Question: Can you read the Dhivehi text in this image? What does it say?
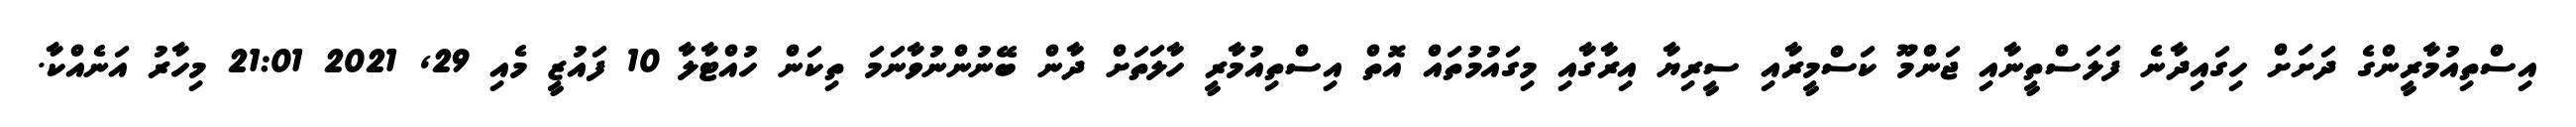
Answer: އިސްތިއުމާރީންގެ ދަށަށް ހިގައިދާނެ ފަލަސްތީނާއި ޖަންމޫ ކަސްމީރާއި ސީރިޔާ އިރާގާއި މިގައުމުތައް އޮތް އިސްތިއުމާރީ ހާލަތަށް ދާން ބޭނުންނުވާނަމަ ތިކަން ހުއްޓާލާ 10 ފައުޒީ މެއި 29, 2021 21:01 މިހާރު އަނެއްކާ.